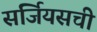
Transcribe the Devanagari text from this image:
सर्जियसची